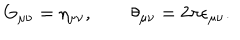
G _ { \mu \nu } = \eta _ { \mu \nu } , \qquad \theta _ { \mu \nu } = 2 \pi \epsilon _ { \mu \nu } .